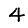
Digit: 4